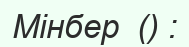
Мінбер  () :